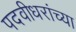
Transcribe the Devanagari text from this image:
पदवीधरांच्या